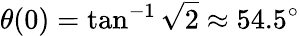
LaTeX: \theta(0)=\tan^{-1}{\sqrt{2}}\approx 54.5^{\circ}